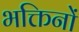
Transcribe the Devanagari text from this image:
भक्तिनों